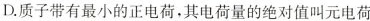
D.质子带有最小的正电荷，其电荷量的绝对值叫元电荷